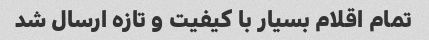
تمام اقلام بسیار با کیفیت و تازه ارسال شد